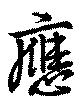
応